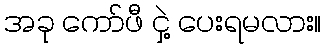
အခု ကော်ဖီ ငှဲ့ ပေးရမလား။